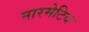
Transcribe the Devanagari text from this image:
नारमेटिव